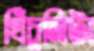
খিঁচুনিটা